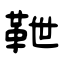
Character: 靾